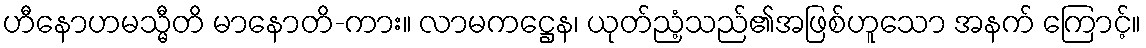
ဟီနောဟမသ္မီတိ မာနောတိ-ကား။ လာမကဋ္ဌေန၊ ယုတ်ညံ့သည်၏အဖြစ်ဟူသော အနက် ကြောင့်။